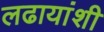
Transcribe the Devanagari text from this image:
लढायांशी